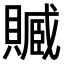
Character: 𧷢